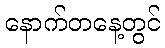
နောက်တနေ့တွင်